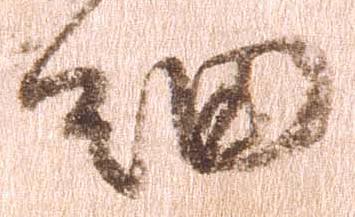
細